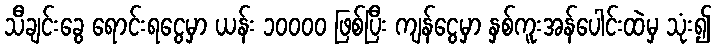
သီချင်းခွေ ရောင်းရငွေမှာ ယန်း ၁၀၀၀၀ ဖြစ်ပြီး ကျန်ငွေမှာ နှစ်ကူးအန်ပေါင်းထဲမှ သုံး၍